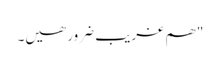
" ھم غریب ضرور ھیں۔